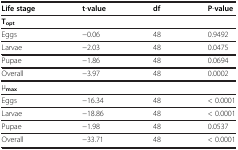
<table><thead><tr><td><b>Life stage</b></td><td><b>t-value</b></td><td><b>df</b></td><td><b>P-value</b></td></tr></thead><tbody><tr><td><b>T</b><sub><b>opt</b></sub></td><td> </td><td> </td><td> </td></tr><tr><td>Eggs</td><td>−0.06</td><td>48</td><td>0.9492</td></tr><tr><td>Larvae</td><td>−2.03</td><td>48</td><td>0.0475</td></tr><tr><td>Pupae</td><td>−1.86</td><td>48</td><td>0.0694</td></tr><tr><td>Overall</td><td>−3.97</td><td>48</td><td>0.0002</td></tr><tr><td>μ<sub><b>max</b></sub></td><td> </td><td> </td><td> </td></tr><tr><td>Eggs</td><td>−16.34</td><td>48</td><td>&lt; 0.0001</td></tr><tr><td>Larvae</td><td>−18.86</td><td>48</td><td>&lt; 0.0001</td></tr><tr><td>Pupae</td><td>−1.98</td><td>48</td><td>0.0537</td></tr><tr><td>Overall</td><td>−33.71</td><td>48</td><td>&lt; 0.0001</td></tr></tbody></table>